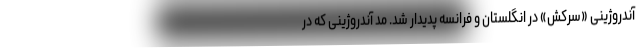
آندروژینی «سرکش» در انگلستان و فرانسه پدیدار شد. مد آندروژینی که در